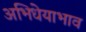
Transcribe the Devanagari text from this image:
अभिधेयाभाव